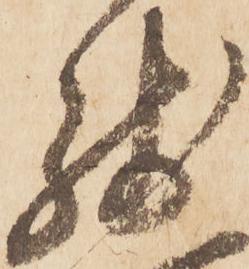
残